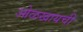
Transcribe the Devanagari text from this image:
ओळखायची